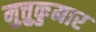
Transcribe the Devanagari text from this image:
मुत्तुकुमार